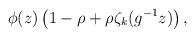
LaTeX: \begin{align*}\phi(z)\left(1-\rho + \rho \zeta_{k}(g^{-1} z)\right),\end{align*}